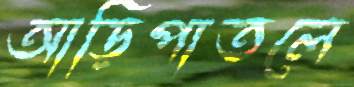
আড়িপাতলে